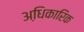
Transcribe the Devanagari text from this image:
अधि़कारिक